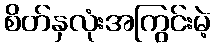
စိတ်နှလုံးအကြွင်းမဲ့